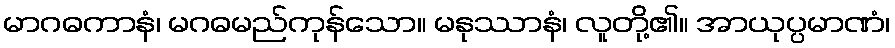
မာဂဓကာနံ၊ မဂဓမည်ကုန်သော။ မနုဿာနံ၊ လူတို့၏။ အာယုပ္ပမာဏံ၊